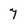
Character: 7